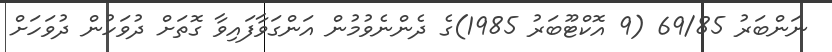
ނަންބަރު 69/85 (9 އޮކްޓޫބަރު 1985)ގެ ދެންނެވުމުން އަންގަވާފައިވާ ގޮތަށް ދުވަހުން ދުވަހަށް